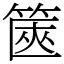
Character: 篋